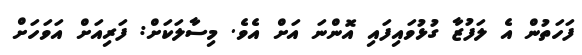
ފަހަތުން އެ ލަފުޒާ ގުޅުވައިފައި އޮންނަ އަށް އެވެ. މިސާލަކަށް: ފަރިއަށް އަވަހަށް